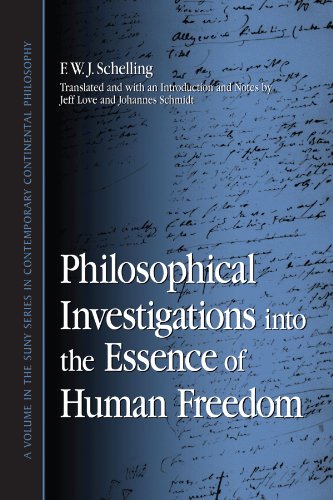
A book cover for Philosophical Investigations into the Essence of Human Freedom (Suny Series in Contemporary Continental Philosophy); F. W. J. Schelling; Politics & Social Sciences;